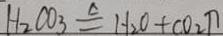
H _ { 2 } C O _ { 3 } \xlongequal { \Delta } H _ { 2 } O + C O _ { 2 } \pi